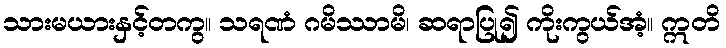
သားမယားနှင့်တကွ။ သရဏံ ဂမိဿာမိ၊ ဆရာပြု၍ ကိုးကွယ်အံ့။ ဣတိ